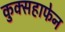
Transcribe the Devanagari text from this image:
कुक्सहाफेन